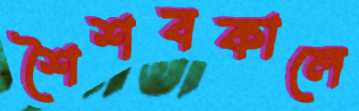
শৈশবকালে